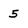
Character: 5